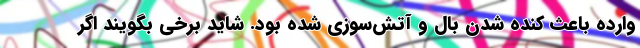
وارده باعث کنده شدن بال و آتش‌سوزی شده بود. شاید برخی بگویند اگر